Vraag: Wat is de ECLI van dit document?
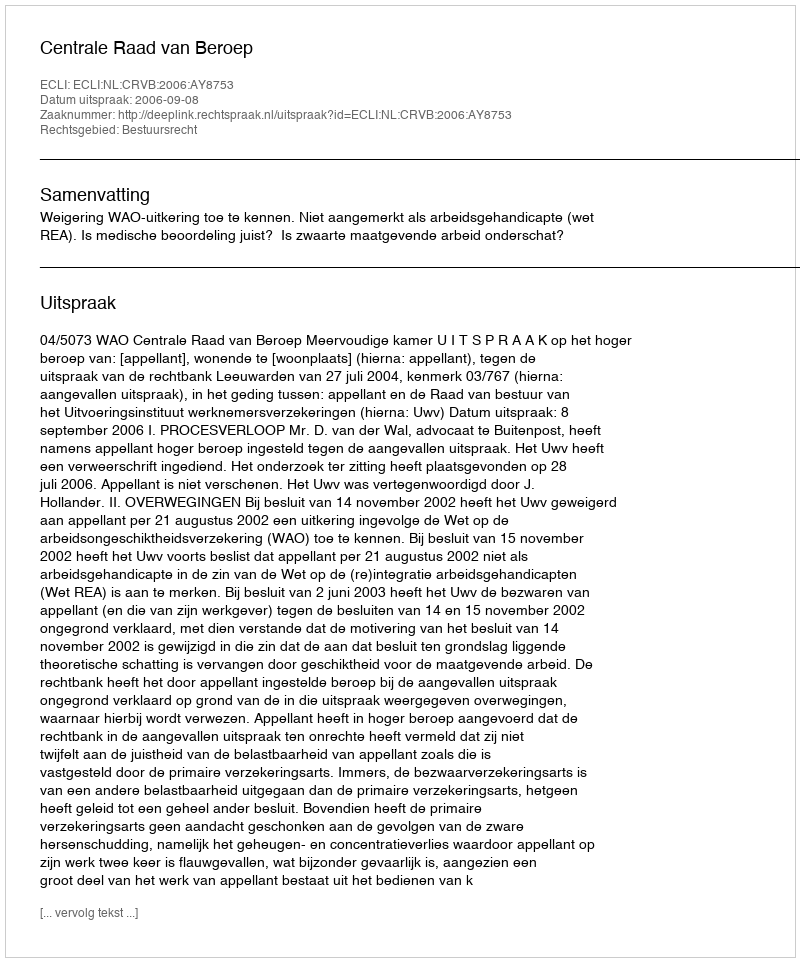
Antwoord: ECLI:NL:CRVB:2006:AY8753